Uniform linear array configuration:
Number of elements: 32
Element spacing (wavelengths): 0.5
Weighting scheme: hann
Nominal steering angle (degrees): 30
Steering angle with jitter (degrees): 30.176
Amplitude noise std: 0.05
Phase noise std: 0.05

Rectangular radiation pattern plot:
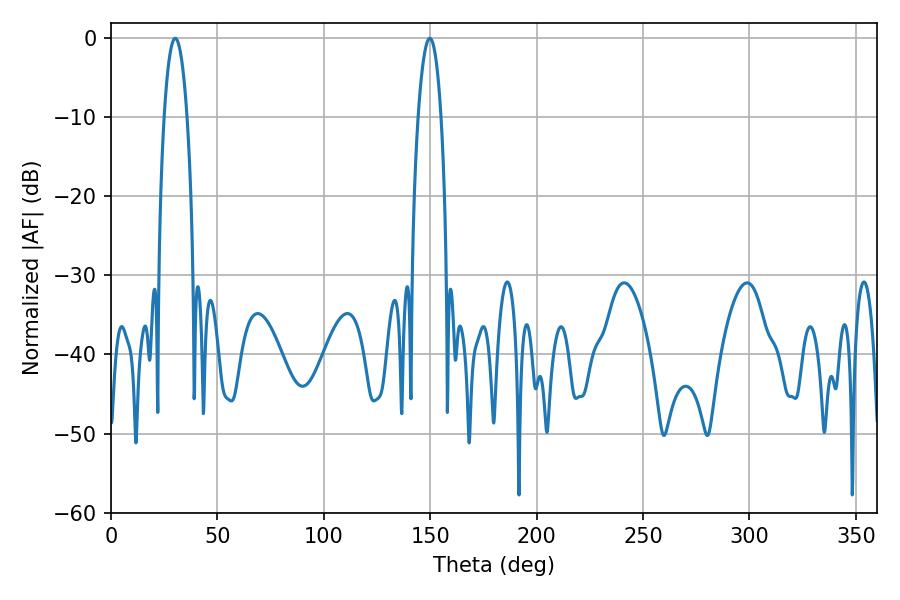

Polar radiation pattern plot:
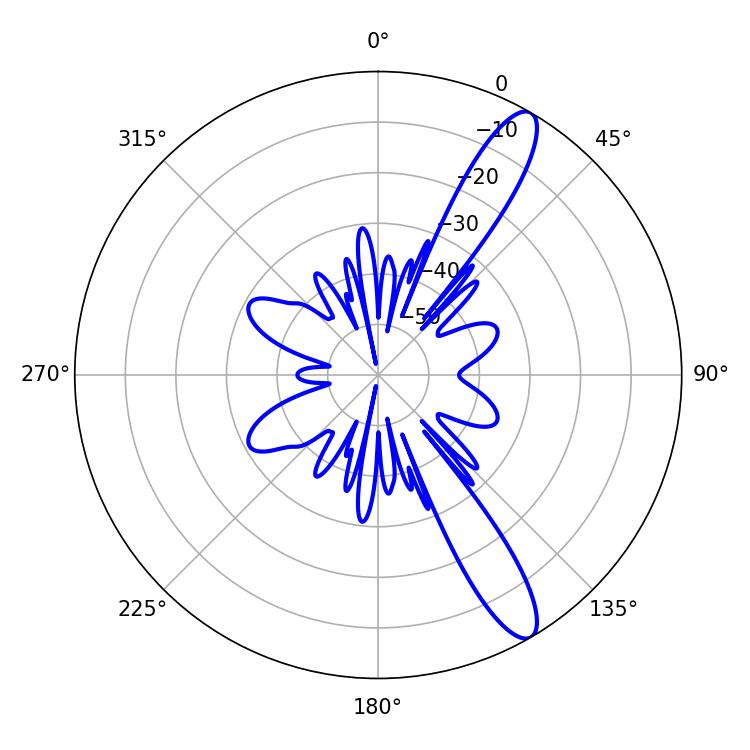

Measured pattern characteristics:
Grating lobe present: FALSE
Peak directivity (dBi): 12.486
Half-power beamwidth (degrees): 6.12
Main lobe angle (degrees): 30.24